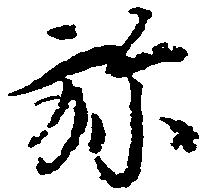
弥